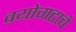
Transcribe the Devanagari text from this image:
वयोगटाचे